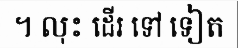
។ លុះ ដើរ ទៅ ទៀត